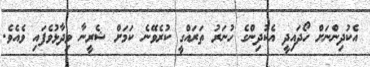
އެކުދިންނަށް ހޯދައިދީ އެކުދިންގެ ހުނަރު ތަރައްގީ ކުރެވޭނެ ކަމަށް ޝެރީނާ ވިދާޅުވެފައި ވެއެވެ.